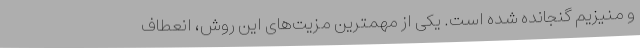
و منیزیم گنجانده شده است. یکی از مهمترین مزیت‌های این روش، انعطاف